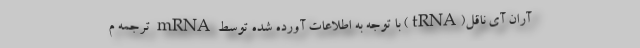
آران آی ناقل(tRNA) با توجه به اطلاعات آورده شده توسط mRNA ترجمه م